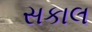
સકાલ